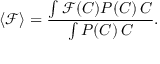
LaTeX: \langle \mathcal { F } \rangle = \frac { \int \mathcal { F } ( C ) P ( C ) \, \d C } { \int P ( C ) \, \d C } .